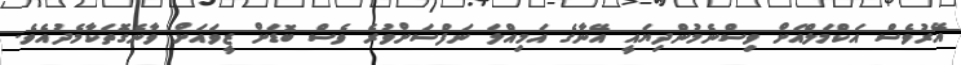
އޭރުވެސް އަކްމަލްއަށް ވިސްނެމުންދިޔައީ އޭނާގެ އަމިއްލަ ނަފްސަށްވުރެ ވެސް ބޮޑަށް ޒީވައަށް ވާނެގޮތަކާމެދުއެވެ.